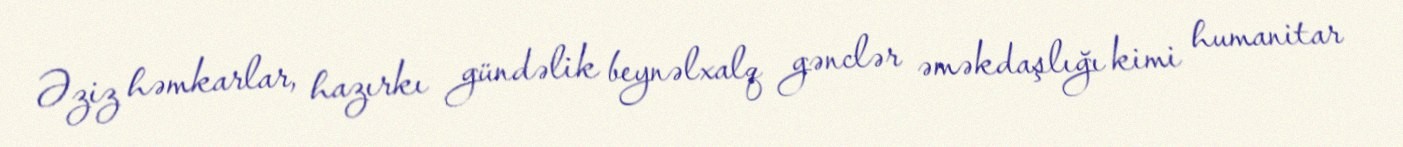
Əziz həmkarlar, hazırkı gündəlik beynəlxalq gənclər əməkdaşlığı kimi humanitar